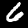
Digit: 6